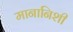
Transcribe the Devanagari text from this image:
मानानिशी